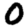
Digit: 0